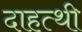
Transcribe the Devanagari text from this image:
दाहत्थी